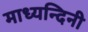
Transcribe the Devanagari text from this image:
माध्यन्दिनी